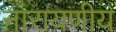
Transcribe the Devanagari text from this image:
नारायणीय